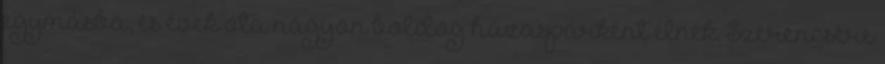
egymásba, és évek óta nagyon boldog házaspárként élnek. Szerencsére